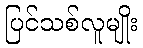
ပြင်သစ်လူမျိုး